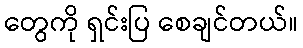
တွေကို ရှင်းပြ စေချင်တယ်။